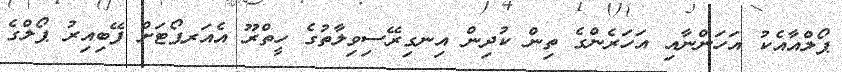
ޕޯލްއާއެކު އަހަންނާއި އަހަރެންގެ ތިން ކުދިން އިނގިރޭސިވިލާތުގެ ހީތްރޫ އެއަރޕޯޓަށް ފޭބިއިރު ޕޯލްގެ